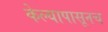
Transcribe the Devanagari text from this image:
केल्यापासूनच